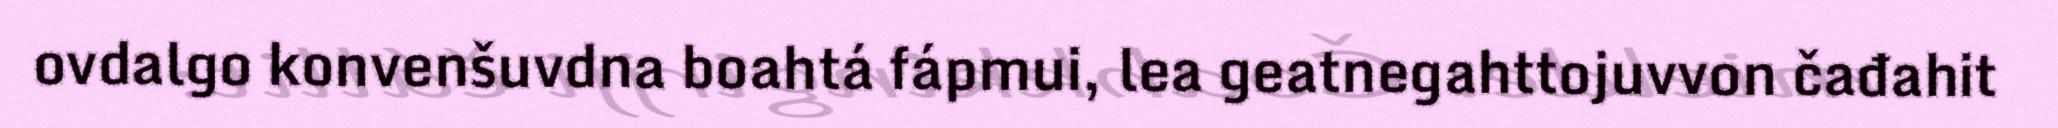
ovdalgo konvenšuvdna boahtá fápmui, lea geatnegahttojuvvon čađahit